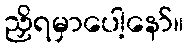
ညှိရမှာပေါ့နော်။